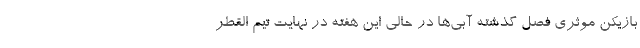
بازیکن موثری فصل گذشته آبی‌ها در حالی این هفته در نهایت تیم القطر